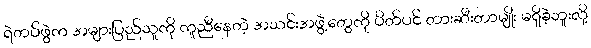
ရဲတပ်ဖွဲက အများပြည်သူကို ကူညီနေတဲ့ အသင်းအဖွဲ့တွေကို ပိတ်ပင် တားဆီးတာမျိုး မရှိခဲ့ဘူးလို့